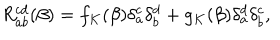
R _ { a b } ^ { c d } ( \beta ) = f _ { K } ( \beta ) \delta _ { a } ^ { c } \delta _ { b } ^ { d } + g _ { K } ( \beta ) \delta _ { a } ^ { d } \delta _ { b } ^ { c } ,